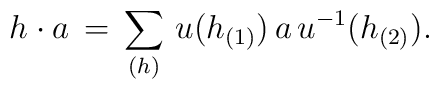
h \cdot a \, = \, \sum \limits_{(h)} \, u \big( h_{(1)} \big) \, a \, u^{-1} \big( h_{(2)} \big).